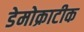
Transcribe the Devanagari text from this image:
डेमोक्राटीक